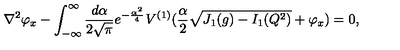
\nabla ^ { 2 } \varphi _ { x } - \int _ { - \infty } ^ { \infty } { \frac { d \alpha } { 2 \sqrt { \pi } } } e ^ { - { \frac { \alpha ^ { 2 } } { 4 } } } V ^ { ( 1 ) } ( { \frac { \alpha } { 2 } } \sqrt { J _ { 1 } ( g ) - I _ { 1 } ( Q ^ { 2 } ) } + \varphi _ { x } ) = 0 ,